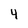
Character: 4